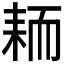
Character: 𫅺